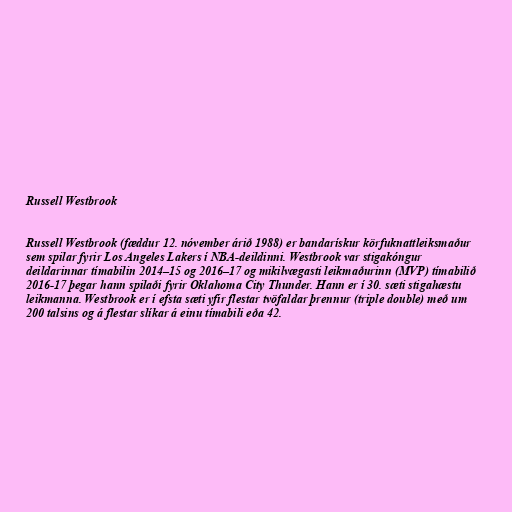
Russell Westbrook

Russell Westbrook (fæddur 12. nóvember árið 1988) er bandarískur körfuknattleiksmaður
sem spilar fyrir Los Angeles Lakers í NBA-deildinni. Westbrook var stigakóngur
deildarinnar tímabilin 2014–15 og 2016–17 og mikilvægasti leikmaðurinn (MVP) tímabilið
2016-17 þegar hann spilaði fyrir Oklahoma City Thunder. Hann er í 30. sæti stigahæstu
leikmanna. Westbrook er í efsta sæti yfir flestar tvöfaldar þrennur (triple double) með um
200 talsins og á flestar slíkar á einu tímabili eða 42.